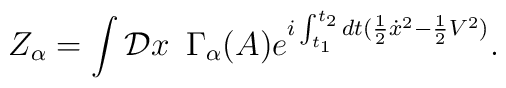
Z_{\alpha} = \int {\cal D} x \,\,\, \Gamma_\alpha (A) \displaystyle{e}^{ i\int_{t_1}^{t_2} dt({1\over 2} {\dot x}^2 - {1\over 2}V^2)}.